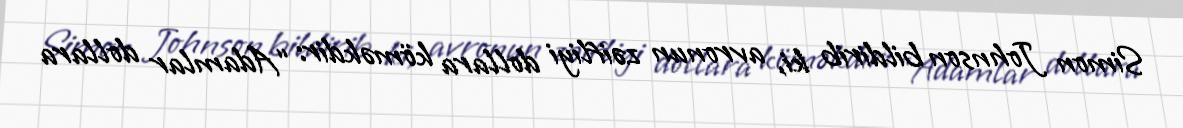
Simon Johnson bildirib ki, avronun zəifliyi dollara köməkdir: “Adamlar dollara